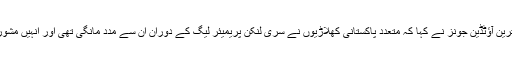
یہ بھی پڑھیں: [یاد ماضی] کرکٹ تاریخ کے متنازع ترین آؤٹڈین جونز نے کہا کہ متعدد پاکستانی کھلاڑیوں نے سری لنکن پریمیئر لیگ کے دوران ان سے مدد مانگی تھی اور انہیں مشورے اور رہنمائی فراہم کر کے بہت زیادہ خوشی ہوئی۔